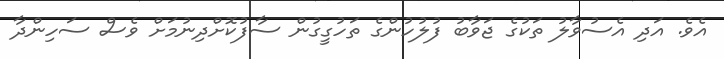
އެވެ. އަދި އެސުވާލު ތަކުގެ ޖަވާބު ފުލުހުންގެ ތަހުގީގުން ސާފުކޮށްދިނުމަށް ވެސް ސަހިންދާ